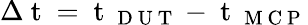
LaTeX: \Delta\mathrm{~t~}=\mathrm{~t~}_{\mathrm{~D~U~T~}}-\mathrm{~t~}_{\mathrm{~M~C~P~}}